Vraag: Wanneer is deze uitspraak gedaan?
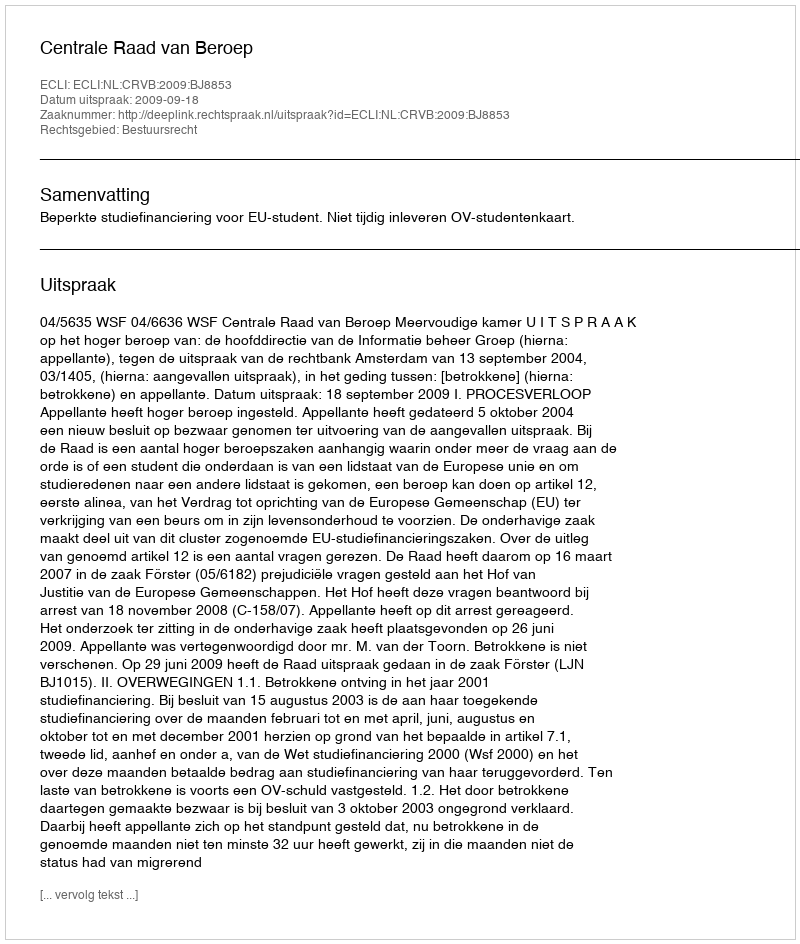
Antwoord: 2009-09-18